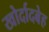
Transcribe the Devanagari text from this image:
खोर्दादबेह